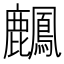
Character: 𪋴